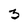
Character: 3